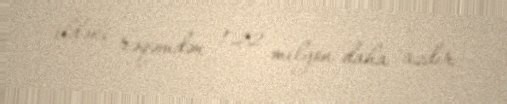
ildəki rəqəmdən 1.22 milyon daha azdır.